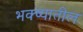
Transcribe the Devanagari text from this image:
भक्ष्यातील